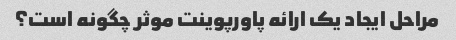
مراحل ایجاد یک ارائه پاورپوینت موثر چگونه است؟